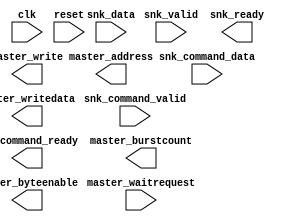
module qsys_top_pattern_writer_1 #(
		parameter ADDRESS_WIDTH          = 32,
		parameter LENGTH_WIDTH           = 32,
		parameter DATA_WIDTH             = 32,
		parameter BYTE_ENABLE_WIDTH      = 4,
		parameter BYTE_ENABLE_WIDTH_LOG2 = 2,
		parameter BURST_ENABLE           = 1,
		parameter MAX_BURST_COUNT        = 2,
		parameter BURST_WIDTH            = 2,
		parameter FIFO_DEPTH             = 128,
		parameter FIFO_DEPTH_LOG2        = 7,
		parameter BURST_REALIGN_ENABLE   = 1
	) (
		input  wire                                     clk,                //          clock.clk
		input  wire                                     reset,              //          reset.reset
		input  wire [(((DATA_WIDTH-1)-0)+1)-1:0]        snk_data,           // snk_data_slave.tdata
		input  wire                                     snk_valid,          //               .tvalid
		output wire                                     snk_ready,          //               .tready
		input  wire [95:0]                              snk_command_data,   //  snk_cmd_slave.tdata
		input  wire                                     snk_command_valid,  //               .tvalid
		output wire                                     snk_command_ready,  //               .tready
		output wire [(((ADDRESS_WIDTH-1)-0)+1)-1:0]     master_address,     //  avalon_master.address
		output wire                                     master_write,       //               .write
		output wire [(((DATA_WIDTH-1)-0)+1)-1:0]        master_writedata,   //               .writedata
		output wire [(((BURST_WIDTH-1)-0)+1)-1:0]       master_burstcount,  //               .burstcount
		output wire [(((BYTE_ENABLE_WIDTH-1)-0)+1)-1:0] master_byteenable,  //               .byteenable
		input  wire                                     master_waitrequest  //               .waitrequest
	);
endmodule